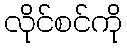
လိုင်စင်ကို